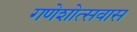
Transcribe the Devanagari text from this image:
गणेशोत्सवास